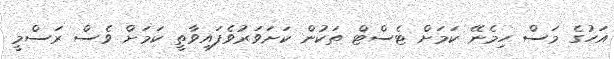
އަހުގެ މަސް ހިމެނޭ ކަމަށް ޓެސްޓް ތަކުން ކަށަވަރުވެފައިވާތީ ކަމަށް ވެސް ރަސްމީ